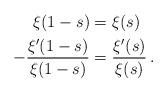
LaTeX: \begin{align*} \xi (1 - s) &= \xi (s) \\ - \frac{\xi' (1 - s)}{\xi (1 - s)} &= \frac{\xi' (s)}{\xi (s)} \, .\end{align*}